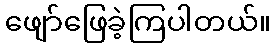
ဖျော်ဖြေခဲ့ကြပါတယ်။